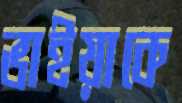
ভাইয়াকে